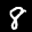
Label: 8